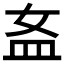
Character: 𥁅